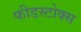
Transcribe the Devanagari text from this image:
फीडस्टोक्स